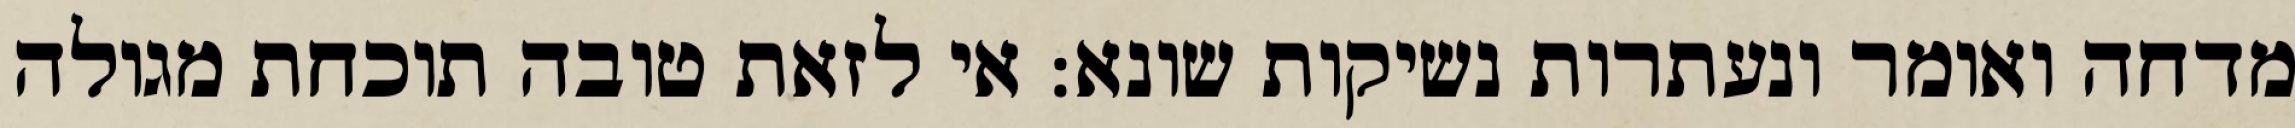
מדחה ואומר ונעתרות נשיקות שונא: אי לזאת טובה תוכחת מגולה